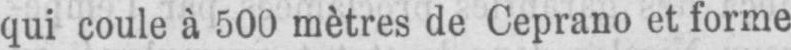
qui coule à 500 mètres de Ceprano et forme